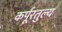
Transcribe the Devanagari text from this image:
कर्पूरतुल्य